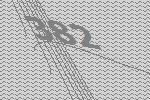
382